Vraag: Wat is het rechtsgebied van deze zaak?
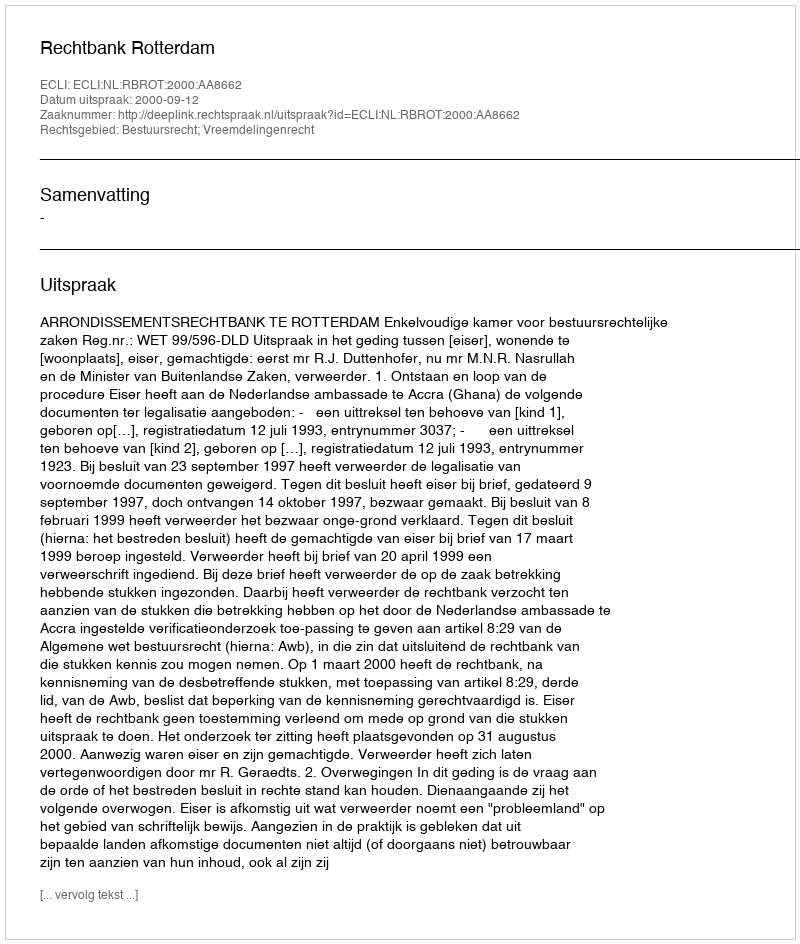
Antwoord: Bestuursrecht; Vreemdelingenrecht